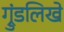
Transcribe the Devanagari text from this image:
ग्रुंडलिखे